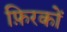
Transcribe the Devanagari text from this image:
फ़िरकों